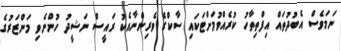
ނަމަވެސް އެބުދުތައް އިފްތިތާހު ކުރެއްވުމަށްޓަކައި ސާކްގެ ވެރިންނާއެކު ރައީސް ނަޝީދު ހުންނެވި މަންޒަރުގެ